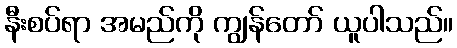
နီးစပ်ရာ အမည်ကို ကျွန်တော် ယူပါသည်။